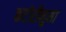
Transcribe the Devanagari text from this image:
कटोरीनुमा